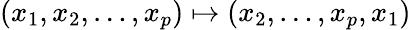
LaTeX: (x_{1},x_{2},\ldots,x_{p})\mapsto(x_{2},\ldots,x_{p},x_{1})